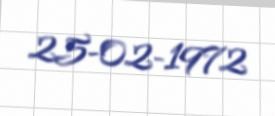
25-02-1972